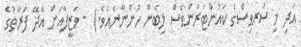
އަދި މި ސަރވިސްގެ ކައުންޓަރުންވެސް ލިބެން ހުންނާނެއެވެ.) - ވަޒީފާއަށް އެދޭ ފަރާތުގެ